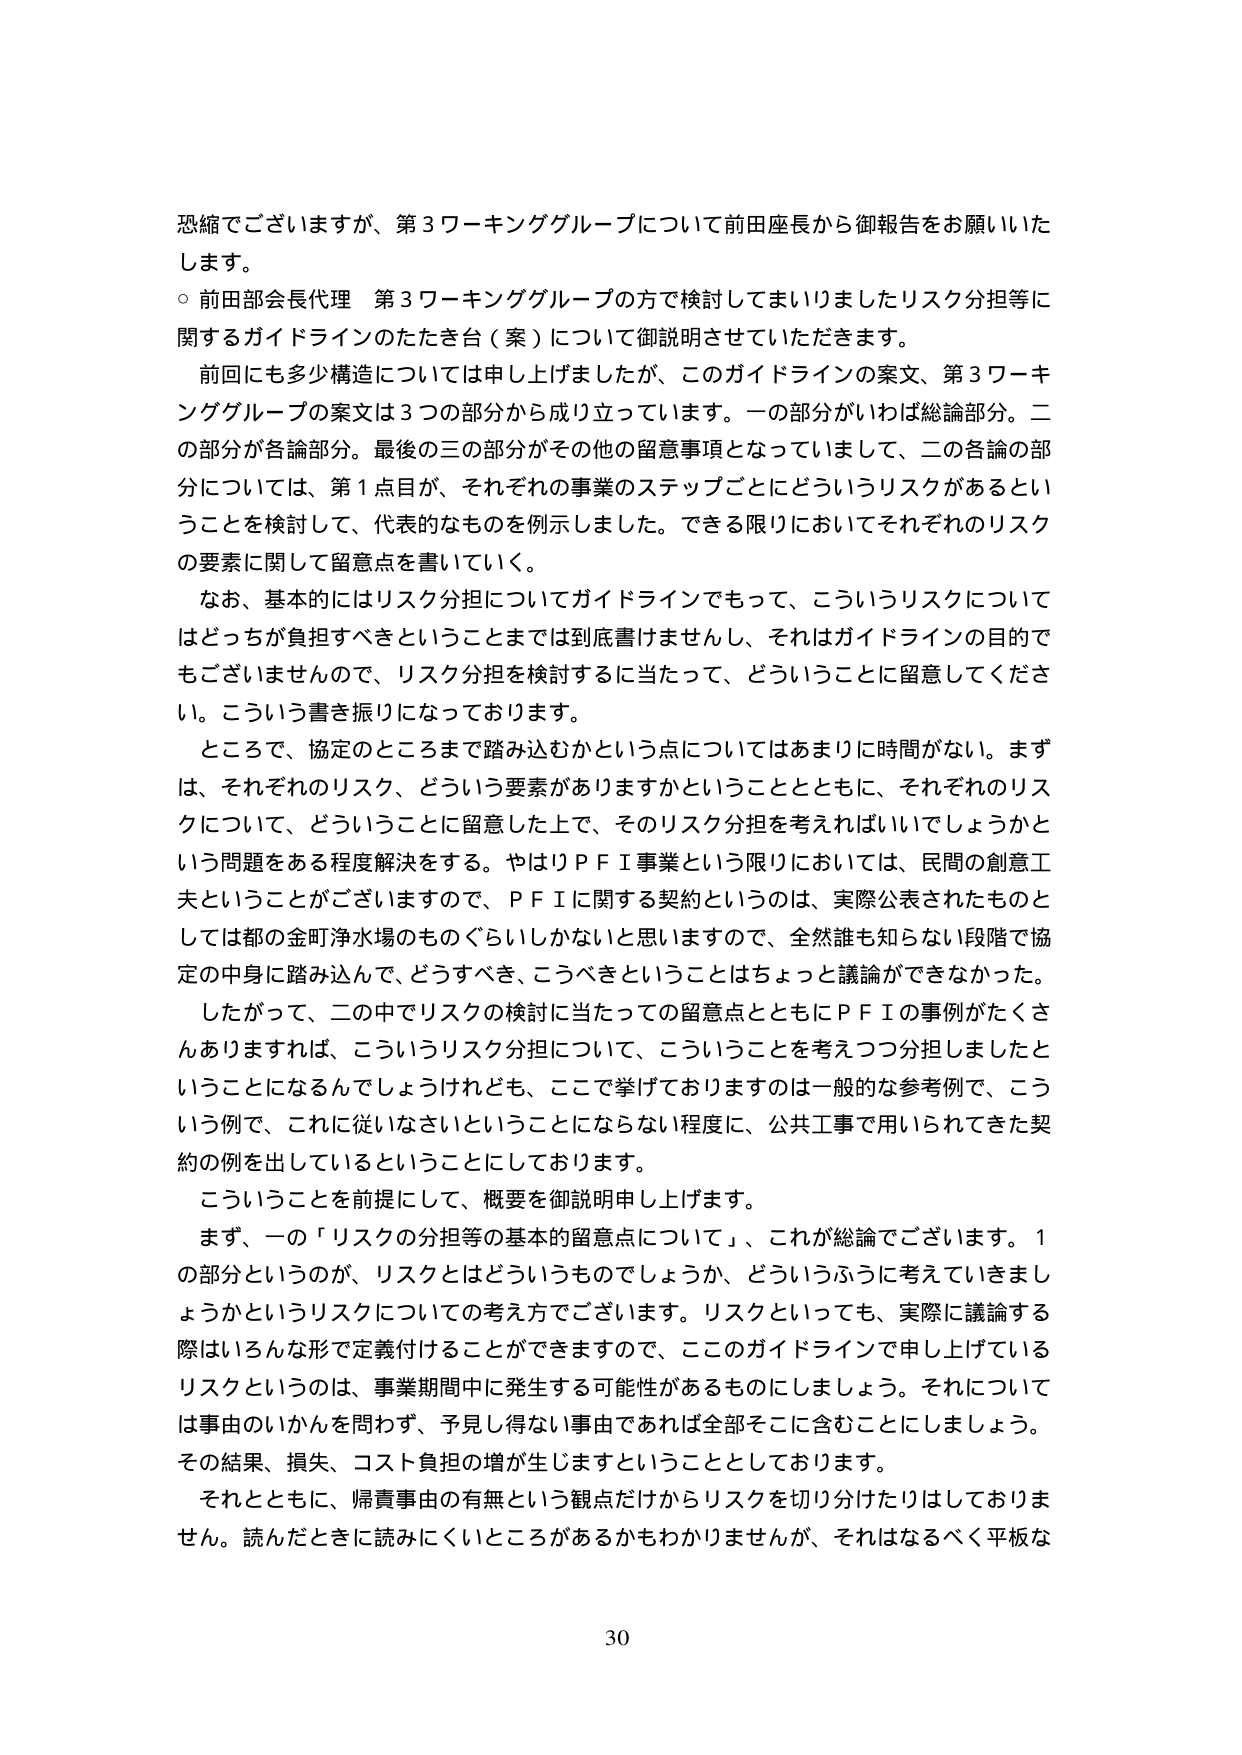
恐縮でございますが、第3ワーキンググループについて前田座長から御報告をお願いいたします。

○ 前田部会長代理 第3ワーキンググループの方で検討してまいりましたリスク分担等に関するガイドラインのたたき台（案）について御説明させていただきます。

前回にも多少構造については申し上げましたが、このガイドラインの案文、第3ワーキンググループの案文は3つの部分から成り立っています。一部がいわば総論部分。二の部分が各論部分。最後の三の部分がその他の留意事項となっていまして、二の各論の部分については、第1点目が、それぞれの事業のステップごとにどういうリスクがあるということを検討して、代表的なものを例示しました。できる限りにおいてそれぞれのリスクの要素に関して留意点を書いていく。

なお、基本的にはリスク分担についてガイドラインでもって、こういうリスクについてはどっちが負担すべきということまでは到底書けませんし、それはガイドラインの目的でもございませんので、リスク分担を検討するに当たって、どういうことに留意してください。こういう書き振りになっております。

ところで、協定のところまで踏み込むかという点についてはあまりに時間がない。まずは、それぞれのリスク、どういう要素がありますかということとともに、それぞれのリスクについて、どういうことに留意した上で、そのリスク分担を考えればいいでしょうかという問題をある程度解決をする。やはりＰＦＩ事業という限りにおいては、民間の創意工夫ということがございますので、ＰＦＩに関する契約というのは、実際公表されたものとしては都の金町浄水場のものぐらいしかないと思いますので、全然誰も知らない段階で協定の中身に踏み込んで、どうすべき、こうべきということはちょっと議論ができなかった。

したがって、二の中でリスクの検討に当たっての留意点とともにＰＦＩの事例がたくさんありますれば、こういうリスク分担について、こういうことを考えつつ分担しましたということになるんでしょうけれども、ここで挙げておりますのは一般的な参考例で、こういう例で、これに従いなさいということにならない程度に、公共工事で用いられてきた契約の例を出しているということにしております。

こういうことを前提にして、概要を御説明申し上げます。

まず、一の「リスクの分担等の基本的留意点について」、これが総論でございます。1の部分というのが、リスクとはどういうものでしょうか、どういうふうに考えていきますかというリスクについての考え方でございます。リスクといっても、実際に議論する際はいろんな形で定義付けることができますので、このガイドラインで申し上げているリスクというのは、事業期間中に発生する可能性があるものにしましょう。それについては事由のいかんを問わず、予見し得ない事由であれば全部そこに含むことにしましょう。その結果、損失、コスト負担の増が生じますということとしております。

それとともに、帰責事由の有無という観点だけからリスクを切り分けたりはしておりません。読んだときに読みにくいところがあるかもわかりませんが、それはなるべく平板な

30